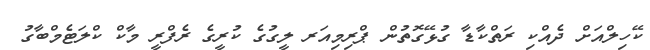
ކޭހިލްއަށް ދެއްކި ރަތްކާޑާ ގުޅޭގޮތުން ޕްރިމިއަރ ލީގުގެ ކުރީގެ ރެފްރީ މާކް ކްލަޓެމްބާގު